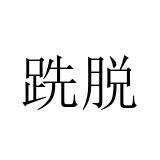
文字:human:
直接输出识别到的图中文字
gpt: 跣脱